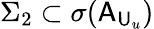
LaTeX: \Sigma_{2}\subset\sigma(\mathsf{A}_{\mathsf{U}_{u}})